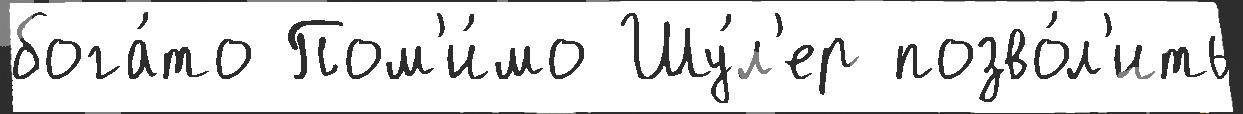
бога́то Пом'и́мо Шу́л'ер позво́л'ить